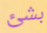
بشئ